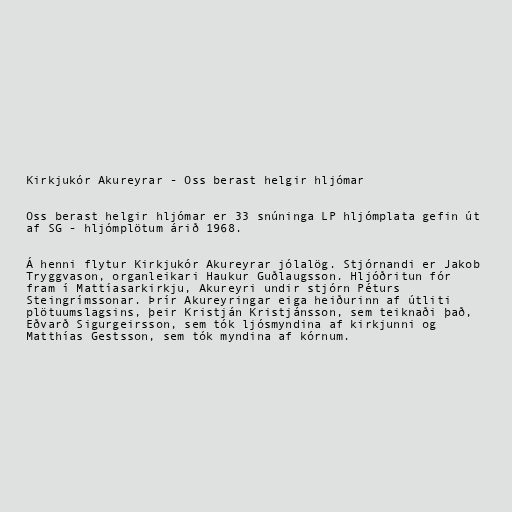
Kirkjukór Akureyrar - Oss berast helgir hljómar

Oss berast helgir hljómar er 33 snúninga LP hljómplata gefin út
af SG - hljómplötum árið 1968.

Á henni flytur Kirkjukór Akureyrar jólalög. Stjórnandi er Jakob
Tryggvason, organleikari Haukur Guðlaugsson. Hljóðritun fór
fram í Mattíasarkirkju, Akureyri undir stjórn Péturs
Steingrímssonar. Þrír Akureyringar eiga heiðurinn af útliti
plötuumslagsins, þeir Kristján Kristjánsson, sem teiknaði það,
Eðvarð Sigurgeirsson, sem tók ljósmyndina af kirkjunni og
Matthías Gestsson, sem tók myndina af kórnum.